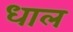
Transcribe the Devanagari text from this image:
धाल